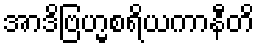
အာဒိဗြဟ္မစရိယကာနီတိ